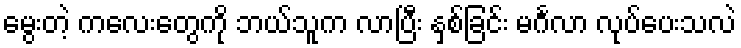
မွေးတဲ့ ကလေးတွေကို ဘယ်သူက လာပြီး နှစ်ခြင်း မင်္ဂလာ လုပ်ပေးသလဲ